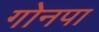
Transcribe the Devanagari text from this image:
गोनपा